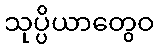
သုပ္ပိယာတွေဝ